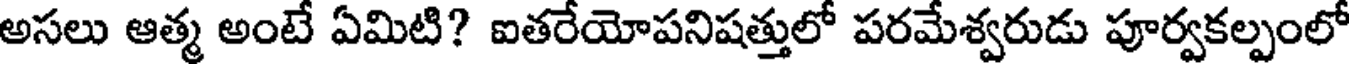
అసలు ఆత్మ అంటే ఏమిటి? ఐతరేయోపనిషత్తులో పరమేశ్వరుడు పూర్వకల్పంలో